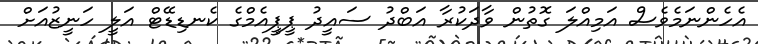
އެހެންނަމެވެސް އަމިއްލަ ގޮތުން ވާދަކުރާ އަބްދު ސައީދު ޕީޕީއެމްގެ ކެނޑިޑޭޓް އަލީ ހަނީޒުއަށް